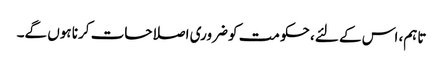
تاہم، اس کے لئے، حکومت کو ضروری اصلاحات کرنا ہوں گے۔